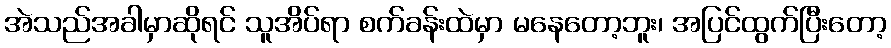
အဲသည်အခါမှာဆိုရင် သူအိပ်ရာ စက်ခန်းထဲမှာ မနေတော့ဘူး၊ အပြင်ထွက်ပြီးတော့